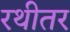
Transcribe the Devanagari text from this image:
रथीतर